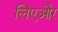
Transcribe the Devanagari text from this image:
लिएऔर